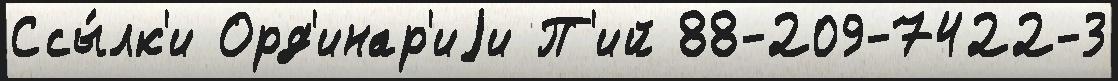
Ссы́лк'и Орд'инар'иjи П'ий 88-209-7422-3